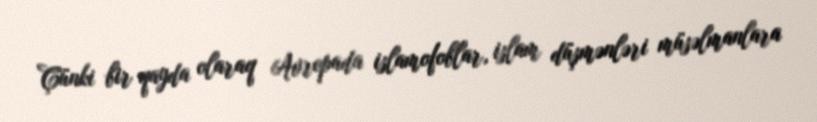
Çünki bir qayda olaraq Avropada islamofoblar, islam düşmənləri müsəlmanlara